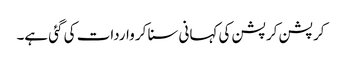
کرپشن کرپشن کی کہانی سنا کر واردات کی گئی ہے۔